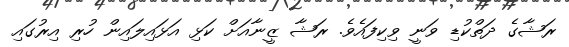
ރަޝާގެ ދަތްކުޑި ވަނީ ވިކިފައެވެ. ރަޝާ ޒީނާއަށް ކަޅި އަޅައިލައިން ހުރި އިރުގައި